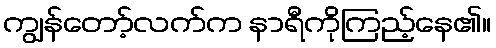
ကျွန်တော့်လက်က နာရီကိုကြည့်နေ၏။